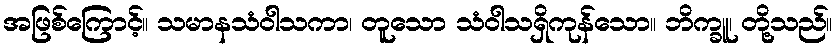
အဖြစ်ကြောင့်။ သမာနသံဝါသကာ၊ တူသော သံဝါသရှိကုန်သော။ ဘိက္ခူ၊ တို့သည်။